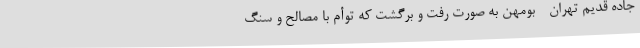
جاده قدیم تهران - بومهن به صورت رفت و برگشت که توأم با مصالح و سنگ